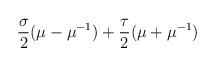
\begin{align*}\frac{\sigma}{2} (\mu - \mu^{-1}) + \frac{\tau}{2}(\mu + \mu^{-1})\end{align*}